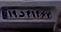
۱۹د۴۱۴۶۷